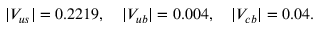
| V _ { u s } | = 0 . 2 2 1 9 , \quad | V _ { u b } | = 0 . 0 0 4 , \quad | V _ { c b } | = 0 . 0 4 .